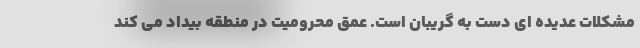
مشکلات عدیده ای دست به گریبان است. عمق محرومیت در منطقه بیداد می کند